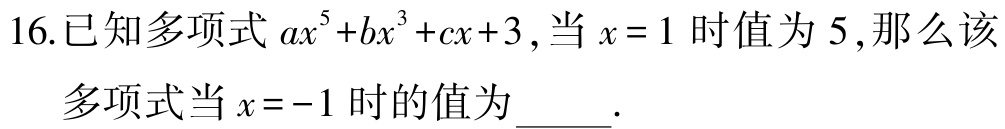
16.已知多项式\(ax^{5}+bx^{3}+cx + 3\)，当\(x = 1\)时值为\(5\)，那么该
多项式当\(x = -1\)时的值为_____.